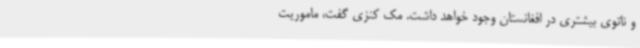
و ناتوی بیشتری در افغانستان وجود خواهد داشت. مک کنزی گفت، ماموریت